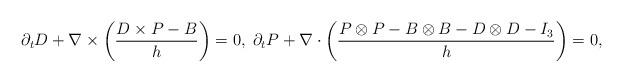
LaTeX: \begin{align*}\partial_t D+\nabla\times \left(\frac{D\times P-B}{h}\right)=0,\;\partial_t P+\nabla\cdot\left(\frac{P\otimes P - B\otimes B - D\otimes D-I_3}{h}\right)=0,\end{align*}